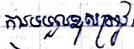
ការទទួលខុសត្រូវ